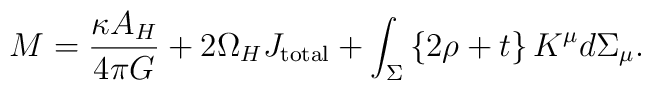
M = {\kappa A_H\over4\pi G} + 2 \Omega_H J_{\rm total}  + \int_\Sigma  \left\{ 2\rho + t \right\}  K^\mu d\Sigma_\mu.